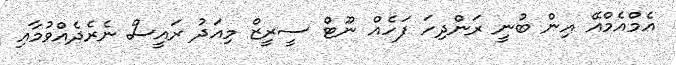
އެމްއެމްއޭ އިން ބުނީ ރަންދިހަ ފަހެއް ނޫޓް ސީރީޒް މިއަދު ރައީސް ނެރެދެއްވުމާއި